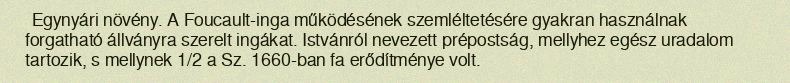
Egynyári növény. A Foucault-inga működésének szemléltetésére gyakran használnak forgatható állványra szerelt ingákat. Istvánról nevezett prépostság, mellyhez egész uradalom tartozik, s mellynek 1/2 a Sz. 1660-ban fa erődítménye volt.